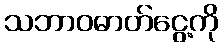
သဘာဝဓာတ်ငွေ့ကို